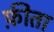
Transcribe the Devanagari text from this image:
फ़ीता